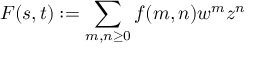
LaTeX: F ( s , t ) : = \sum _ { m , n \geq 0 } f ( m , n ) w ^ { m } z ^ { n }